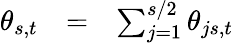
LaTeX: \begin{array}{rcl}{\theta_{s,t}}&{=}&{\sum_{j=1}^{s/2}\theta_{js,t}}\end{array}